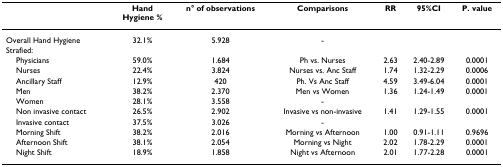
<table><thead><tr><td></td><td><b>HandHygiene %</b></td><td><b>n° of observations</b></td><td><b>Comparisons</b></td><td><b>RR</b></td><td><b>95%CI</b></td><td><b>P. value</b></td></tr></thead><tbody><tr><td>Overall Hand Hygiene</td><td>32.1%</td><td>5.928</td><td>-</td><td></td><td></td><td></td></tr><tr><td>Strafied:</td><td></td><td></td><td></td><td></td><td></td><td></td></tr><tr><td> Physicians</td><td>59.0%</td><td>1.684</td><td>Ph vs. Nurses</td><td>2.63</td><td>2.40-2.89</td><td>0.0001</td></tr><tr><td> Nurses</td><td>22.4%</td><td>3.824</td><td>Nurses vs. Anc Staff</td><td>1.74</td><td>1.32-2.29</td><td>0.0006</td></tr><tr><td> Ancillary Staff</td><td>12.9%</td><td>420</td><td>Ph. Vs Anc Staff</td><td>4.59</td><td>3.49-6.04</td><td>0.0001</td></tr><tr><td> Men</td><td>38.2%</td><td>2.370</td><td>Men vs Women</td><td>1.36</td><td>1.24-1.49</td><td>0.0001</td></tr><tr><td> Women</td><td>28.1%</td><td>3.558</td><td>-</td><td></td><td></td><td></td></tr><tr><td> Non invasive contact</td><td>26.5%</td><td>2.902</td><td>Invasive vs non-invasive</td><td>1.41</td><td>1.29-1.55</td><td>0.0001</td></tr><tr><td> Invasive contact</td><td>37.5%</td><td>3.026</td><td>-</td><td></td><td></td><td></td></tr><tr><td> Morning Shift</td><td>38.2%</td><td>2.016</td><td>Morning vs Afternoon</td><td>1.00</td><td>0.91-1.11</td><td>0.9696</td></tr><tr><td> Afternoon Shift</td><td>38.1%</td><td>2.054</td><td>Morning vs Night</td><td>2.02</td><td>1.78-2.29</td><td>0.0001</td></tr><tr><td> Night Shift</td><td>18.9%</td><td>1.858</td><td>Night vs Afternoon</td><td>2.01</td><td>1.77-2.28</td><td>0.0001</td></tr></tbody></table>